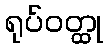
ရုပ်ဝတ္ထု